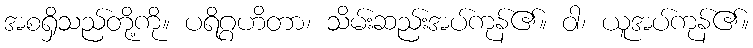
အစရှိသည်တို့ကို။ ပရိဂ္ဂဟိတာ၊ သိမ်းဆည်းအပ်ကုန်၏။ ဝါ၊ ယူအပ်ကုန်၏။